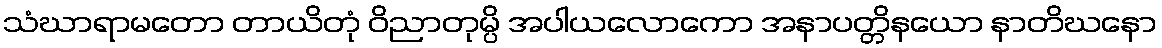
သံဃာရာမတော တာယိတုံ ဝိညာတုမ္ပိ အပါယလောကော အနာပတ္တိနယော နာတိဃနော